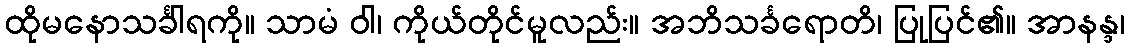
ထိုမနောသင်္ခါရကို။ သာမံ ဝါ၊ ကိုယ်တိုင်မူလည်း။ အဘိသင်္ခရောတိ၊ ပြုပြင်၏။ အာနန္ဒ၊